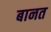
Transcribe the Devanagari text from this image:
बानत